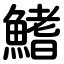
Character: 鰭